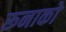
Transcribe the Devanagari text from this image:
रूनाको